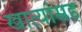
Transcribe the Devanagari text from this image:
खात्यांसह